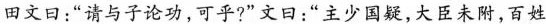
田文曰：“请与子论功，可乎？”文曰：“主少国疑，大臣未附，百姓